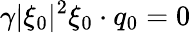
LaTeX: \gamma|\xi_{0}|^{2}\xi_{0}\cdot q_{0}=0